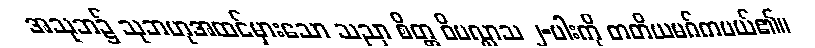
အသုဘ၌ သုဘဟုအထင်မှားသော သညာ စိတ္တ ဝိပလ္လာသ ၂-ပါးကို တတိယမဂ်ကပယ်၏။